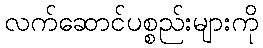
လက်ဆောင်ပစ္စည်းများကို